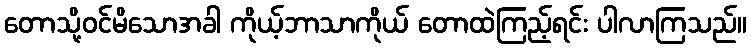
တောသို့ဝင်မိသောအခါ ကိုယ့်ဘာသာကိုယ် တောထဲကြည့်ရင်း ပါလာကြသည်။